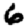
Digit: 6